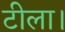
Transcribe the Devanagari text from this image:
टीला।